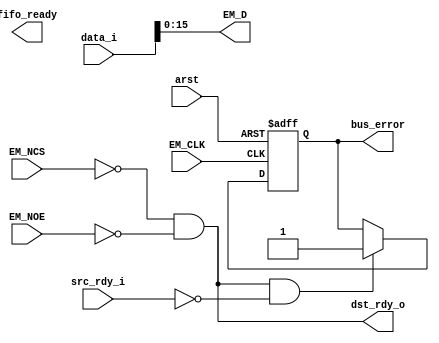

// Assumes a GPMC cycle with GPMC clock, as in the timing diagrams
//   If a packet bigger or smaller than we are told is sent, behavior is undefined.
//   If dst_rdy_i is low when we get data, behavior is undefined and we signal bus error.
//   If there is a bus error, we should be reset

module fifo_to_gpmc_sync
  (input arst,
   input [17:0] data_i, input src_rdy_i, output dst_rdy_o,
   input EM_CLK, output [15:0] EM_D, input EM_NCS, input EM_NOE,
   output fifo_ready, 
   output reg bus_error);

   assign EM_D = data_i[15:0];
   wire       read_access = ~EM_NCS & ~EM_NOE;

   assign dst_rdy_o = read_access;

   always @(posedge EM_CLK or posedge arst)
     if(arst)
       bus_error <= 0;
     else if(dst_rdy_o & ~src_rdy_i)
       bus_error <= 1;
   

endmodule // fifo_to_gpmc_sync